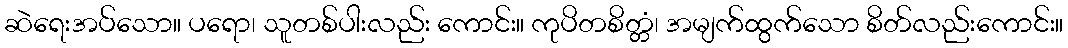
ဆဲရေးအပ်သော။ ပရော၊ သူတစ်ပါးလည်း ကောင်း။ ကုပိတစိတ္တံ၊ အမျက်ထွက်သော စိတ်လည်းကောင်း။